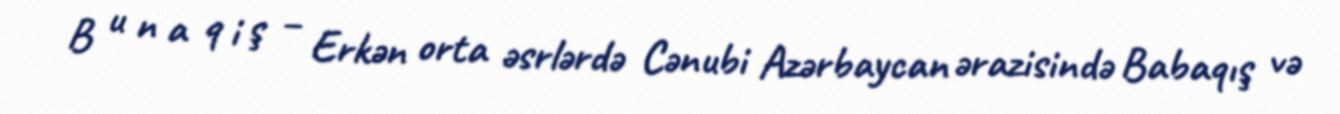
B u n a q i ş – Erkən orta əsrlərdə Cənubi Azərbaycan ərazisində Babaqış və